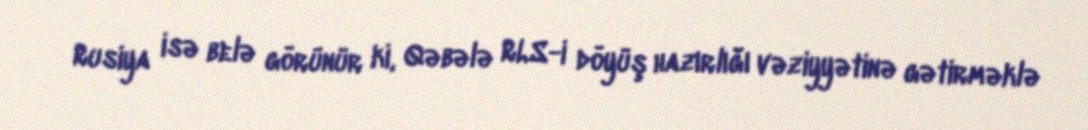
Rusiya isə belə görünür ki, Qəbələ RLS-i döyüş hazırlığı vəziyyətinə gətirməklə